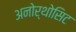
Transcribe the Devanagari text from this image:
अनोर्थोसिट